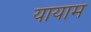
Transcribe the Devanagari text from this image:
यायाम